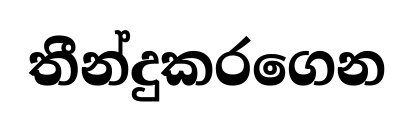
තීන්දුකරගෙන